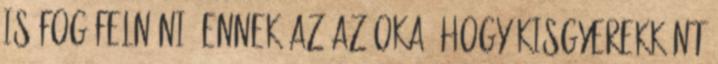
is fog felnőni. Ennek az az oka, hogy kisgyerekként